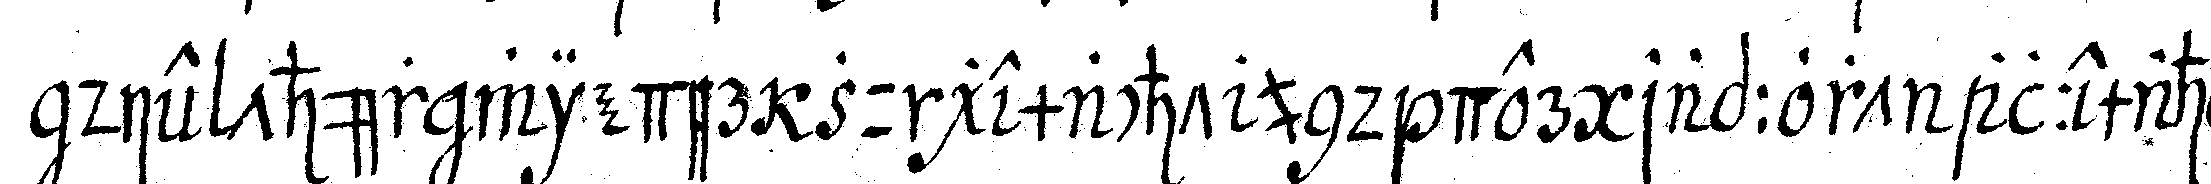
die thür wieder zu gemacht und der rapport allemahl